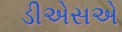
ડીએસએ